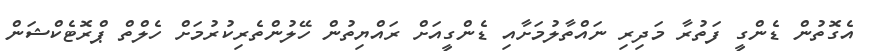
އެގޮތުން ޑެންގީ ފަތުރާ މަދިރި ނައްތާލުމަށާއި ޑެންގީއަށް ރައްޔިތުން ހޭލުންތެެރިކުރުމަށް ހެލްތް ޕްރޮޓެކްޝަން